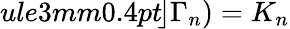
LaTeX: ule{3mm}{0.4pt}\! \! \left.\right\rfloor\Gamma_{n})=K_{n}